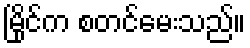
မြိုင်က စတင်မေးသည်။